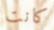
كانت